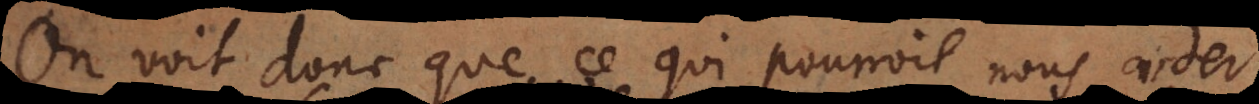
On voit donc que ce qui pourroit nous aider